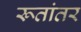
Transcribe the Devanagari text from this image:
रूतांतर